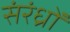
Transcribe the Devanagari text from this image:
संरंध्रों